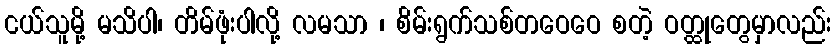
ငယ်သူမို့ မသိပါ၊ တိမ်ဖုံးပါလို့ လမသာ ၊ စိမ်းရွက်သစ်တဝေဝေ စတဲ့ ဝတ္ထုတွေမှာလည်း